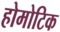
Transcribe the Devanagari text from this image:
होमोटिक